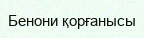
Бенони қорғанысы